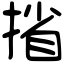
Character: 㨘